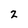
Character: 2